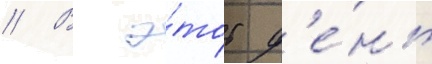
// В э́тот д'е́нь